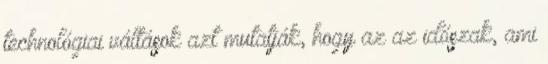
technológiai váltások azt mutatják, hogy az az időszak, ami